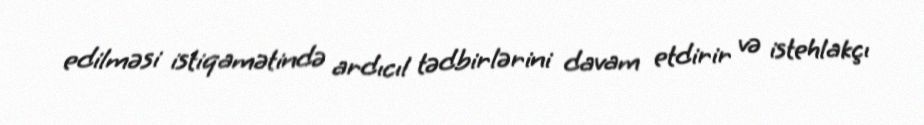
edilməsi istiqamətində ardıcıl tədbirlərini davam etdirir və istehlakçı